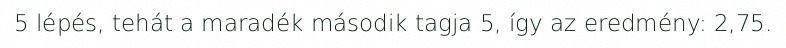
5 lépés, tehát a maradék második tagja 5, így az eredmény: 2,75.